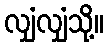
လျှံလျှံသို့။